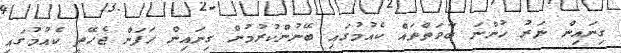
ގިނައިން ނަރު ހުންނަ ބާވަތްތައް ކެއުމުގައި ބޭނުންކުރުމުން ގިނައިން ހަފަން ޖެހޭތީ ކެއުމުގައި